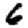
Digit: 6